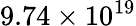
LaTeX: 9.74\times 10^{19}